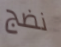
نضج